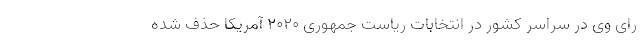
رای وی در سراسر کشور در انتخابات ریاست جمهوری ۲۰۲۰ آمریکا حذف شده